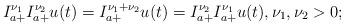
LaTeX: \begin{align*}I_{a+}^{\nu_{1}}I_{a+}^{\nu_{2}}u(t)=I_{a+}^{\nu_{1}+\nu_{2}}u(t)=I_{a+}^{\nu_{2}}I_{a+}^{\nu_{1}}u(t), \nu_{1}, \nu_{2} >0;\end{align*}